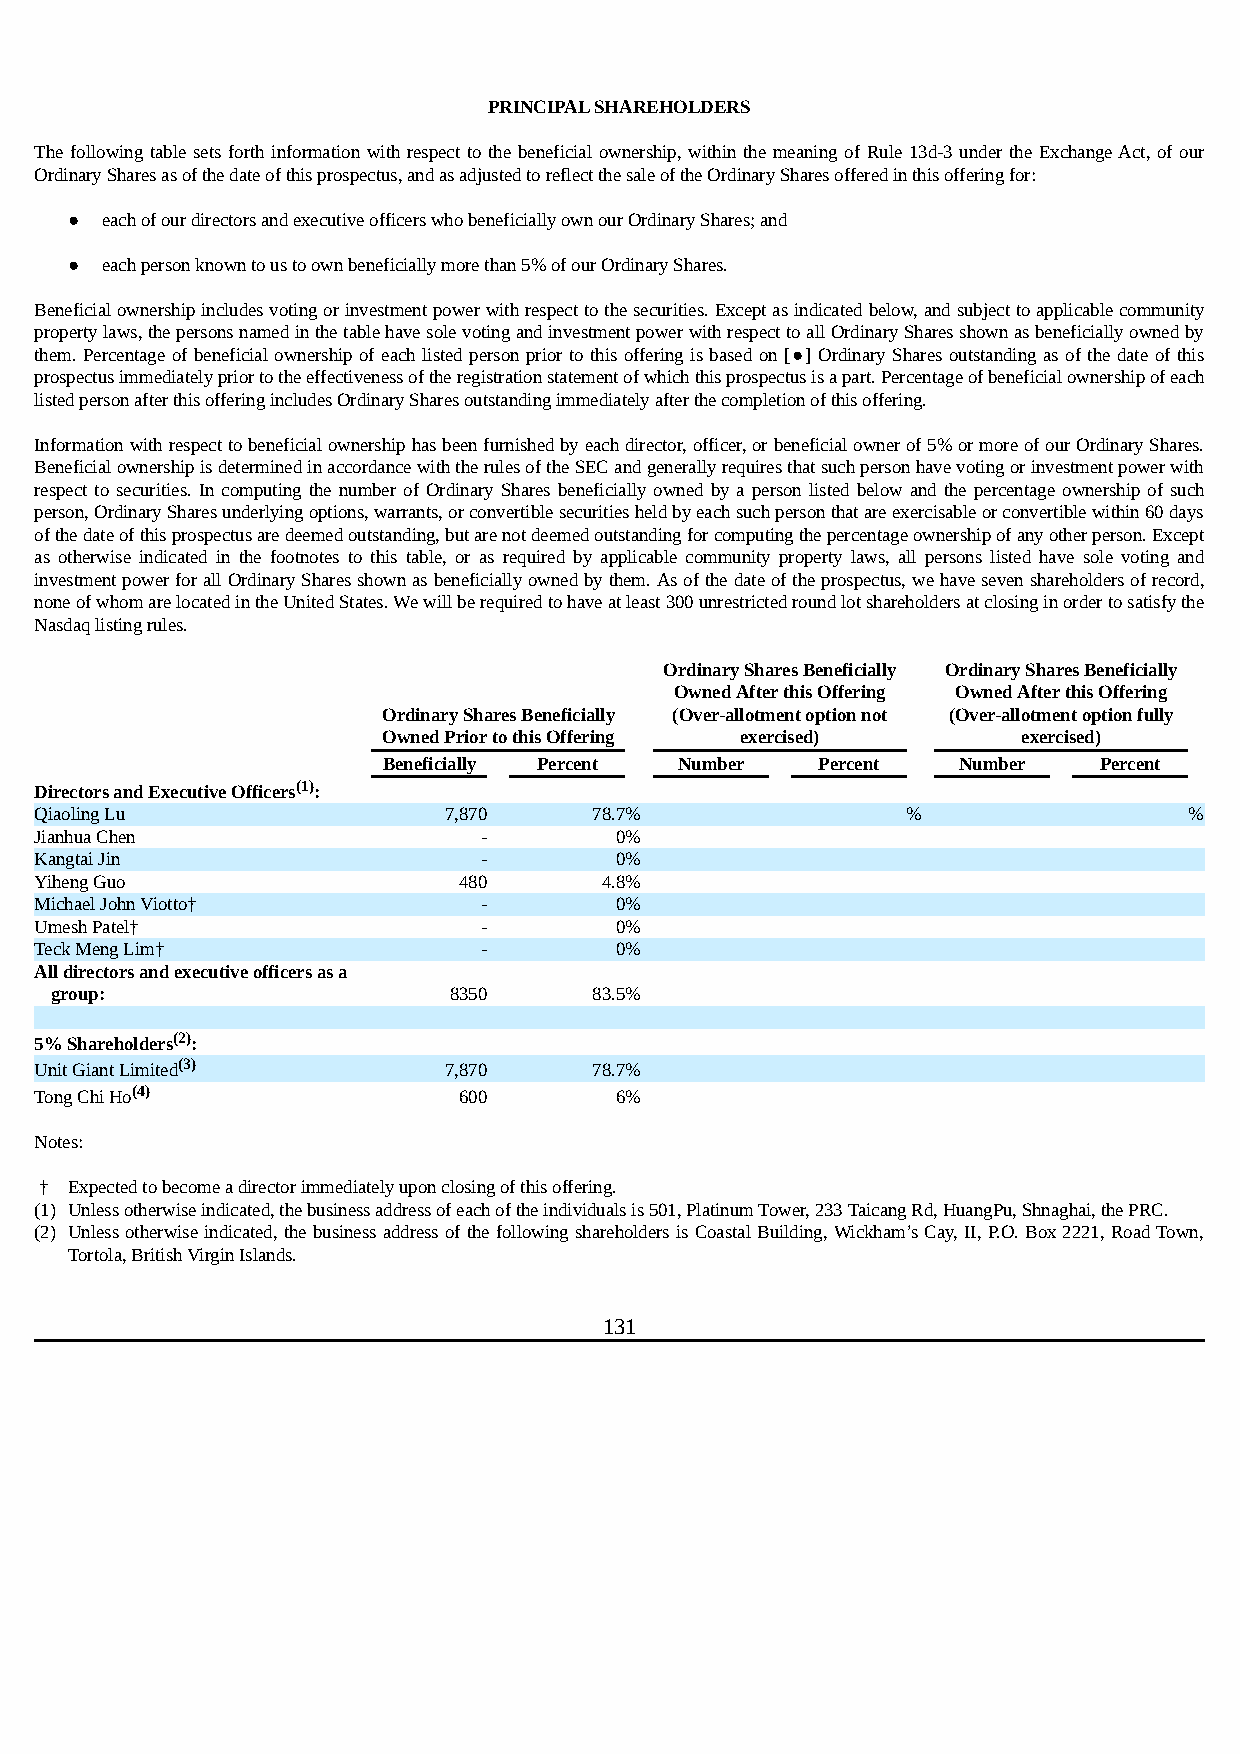
PRINCIPAL SHAREHOLDERS
 The following table sets forth information with respect to the beneficial ownership, within the meaning of Rule 13d-3 under the Exchange Act, of our
 Ordinary Shares as of the date of this prospectus, and as adjusted to reflect the sale of the Ordinary Shares offered in this offering for:
 ●  each of our directors and executive officers who beneficially own our Ordinary Shares; and
 ●  each person known to us to own beneficially more than 5% of our Ordinary Shares.
 Beneficial ownership includes voting or investment power with respect to the securities. Except as indicated below, and subject to applicable community
 property laws, the persons named in the table have sole voting and investment power with respect to all Ordinary Shares shown as beneficially owned by
 them. Percentage of beneficial ownership of each listed person prior to this offering is based on [●] Ordinary Shares outstanding as of the date of this
 prospectus immediately prior to the effectiveness of the registration statement of which this prospectus is a part. Percentage of beneficial ownership of each
 listed person after this offering includes Ordinary Shares outstanding immediately after the completion of this offering.
 Information with respect to beneficial ownership has been furnished by each director, officer, or beneficial owner of 5% or more of our Ordinary Shares.
 Beneficial ownership is determined in accordance with the rules of the SEC and generally requires that such person have voting or investment power with
 respect to securities. In computing the number of Ordinary Shares beneficially owned by a person listed below and the percentage ownership of such
 person, Ordinary Shares underlying options, warrants, or convertible securities held by each such person that are exercisable or convertible within 60 days
 of the date of this prospectus are deemed outstanding, but are not deemed outstanding for computing the percentage ownership of any other person. Except
 as otherwise indicated in the footnotes to this table, or as required by applicable community property laws, all persons listed have sole voting and
 investment power for all Ordinary Shares shown as beneficially owned by them. As of the date of the prospectus, we have seven shareholders of record,
 none of whom are located in the United States. We will be required to have at least 300 unrestricted round lot shareholders at closing in order to satisfy the
 Nasdaq listing rules.
 Ordinary Shares Beneficially Ordinary Shares Beneficially
 Owned After this Offering Owned After this Offering
 Ordinary Shares Beneficially (Over-allotment option not (Over-allotment option fully
 Owned Prior to this Offering exercised)    exercised)
 Beneficially Percent Number  Percent  Number    Percent
 Directors and Executive Officers(1):
 Qiaoling Lu                7,870     78.7%                %                  %
 Jianhua Chen                  -        0%
 Kangtai Jin                   -        0%
 Yiheng Guo                  480       4.8%
 Michael John Viotto†          -        0%
 Umesh Patel†                  -        0%
 Teck Meng Lim†                -        0%
 All directors and executive officers as a
 group:                     8350     83.5%
 5% Shareholders(2):
 Unit Giant Limited(3)      7,870     78.7%
 Tong Chi Ho(4)              600        6%
 Notes:
 † Expected to become a director immediately upon closing of this offering.
 (1) Unless otherwise indicated, the business address of each of the individuals is 501, Platinum Tower, 233 Taicang Rd, HuangPu, Shnaghai, the PRC.
 (2) Unless otherwise indicated, the business address of the following shareholders is Coastal Building, Wickham’s Cay, II, P.O. Box 2221, Road Town,
 Tortola, British Virgin Islands.
 131